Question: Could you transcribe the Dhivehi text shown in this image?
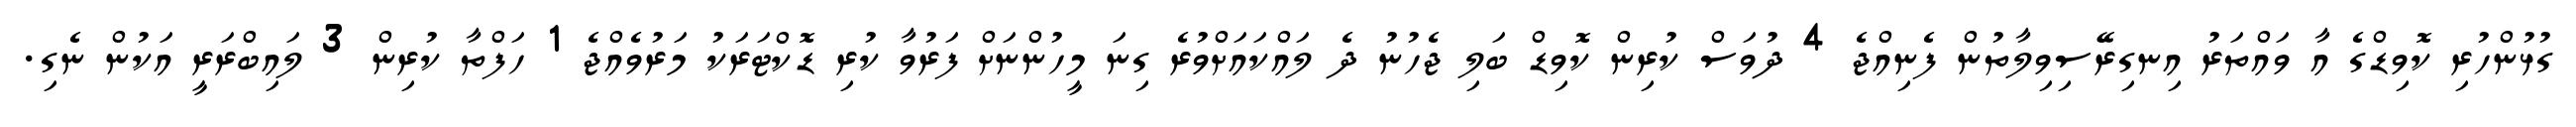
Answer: ގުޅުންހުރި ކޮވިޑްގެ އާ ވައްތަރު އިނގިރޭސިވިލާތުން ފެނިއްޖެ 4 ދުވަސް ކުރިން ކޮވިޑް ބަލި ޖެހުނު ދެ ލައްކައަށްވުރެ ގިނަ މީހުންނަށް ފަރުވާ ކުރި ޑޮކްޓަރަކު މަރުވެއްޖެ 1 ހަފްތާ ކުރިން 3 ލައިބްރަރީ އަކުން ނެގި.